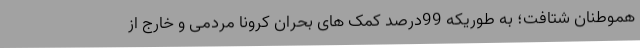
هموطنان شتافت؛ به طوریکه 99درصد کمک های بحران کرونا مردمی و خارج از